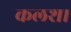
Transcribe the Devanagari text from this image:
कलश।